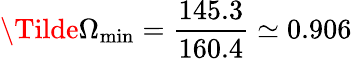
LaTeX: \Tilde{\Omega}_{\mathrm{min}}=\frac{145.3}{160.4}\simeq 0.906